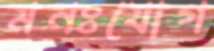
মনঃযোগ